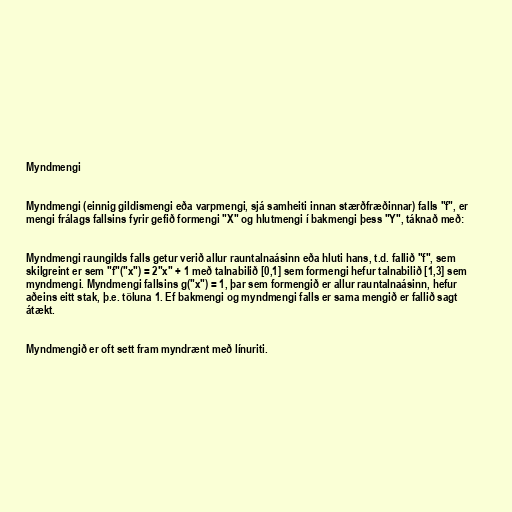
Myndmengi

Myndmengi (einnig gildismengi eða varpmengi, sjá samheiti innan stærðfræðinnar) falls "f", er
mengi frálags fallsins fyrir gefið formengi "X" og hlutmengi í bakmengi þess "Y", táknað með:

Myndmengi raungilds falls getur verið allur rauntalnaásinn eða hluti hans, t.d. fallið "f", sem
skilgreint er sem "f"("x") = 2"x" + 1 með talnabilið [0,1] sem formengi hefur talnabilið [1,3] sem
myndmengi. Myndmengi fallsins g("x") = 1, þar sem formengið er allur rauntalnaásinn, hefur
aðeins eitt stak, þ.e. töluna 1. Ef bakmengi og myndmengi falls er sama mengið er fallið sagt
átækt.

Myndmengið er oft sett fram myndrænt með línuriti.